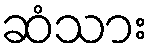
ဆံသား